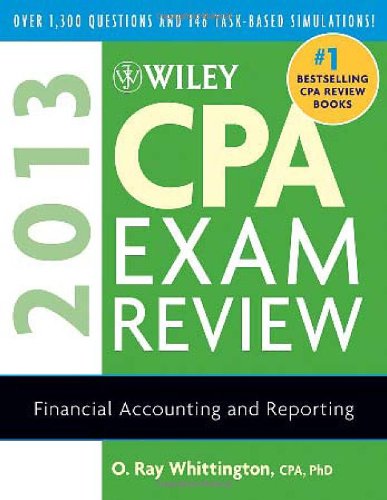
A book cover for Wiley CPA Exam Review 2013, Financial Accounting and Reporting; O. Ray Whittington; Test Preparation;